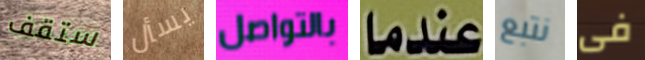
ستقف يسأل بالتواصل عندما نتبع فى